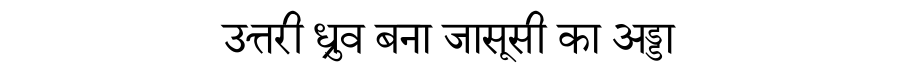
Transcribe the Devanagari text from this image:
उत्तरी ध्रुव बना जासूसी का अड्डा